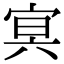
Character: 㝠